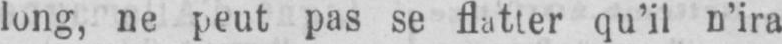
qu’il n’ira